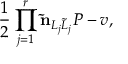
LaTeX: { \frac { 1 } { 2 } } \prod _ { j = 1 } ^ { r } { \bf \widetilde n } _ { L _ { j } \widetilde L _ { j } } P - v ,